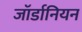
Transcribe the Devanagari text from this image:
जॉर्डानियन